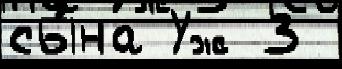
сы́на Уж 3